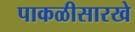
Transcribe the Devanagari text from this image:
पाकळीसारखे